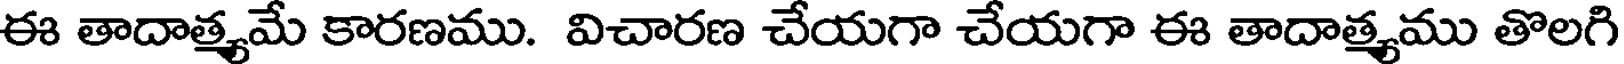
ఈ తాదాత్యమే కారణము. విచారణ చేయగా చేయగా ఈ తాదాత్యము తొలగి